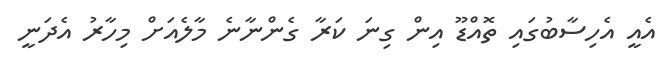
އެއީ އެހިސާބުގައި ތޮއްޑޫ އިން ގިނަ ކަރާ ގެންނާނެ މާލެއަށް މިހާރު އެދަނީ